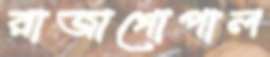
রাজাগোপাল